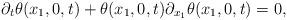
LaTeX: \begin{align*}\partial_t \theta(x_1,0,t) + \theta(x_1, 0,t) \partial_{x_1} \theta(x_1, 0,t) =0,\end{align*}